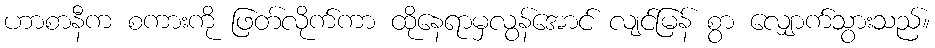
ဟာစာနီက စကားကို ဖြတ်လိုက်ကာ ထိုနေရာမှလွန်အောင် လျင်မြန် စွာ လျှောက်သွားသည်။